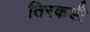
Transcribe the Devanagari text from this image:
तिरकडी